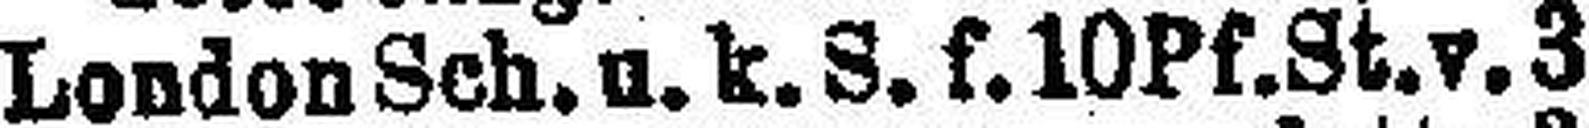
London Sch. u. k. S. f. 10Pf. St. v. 3